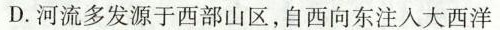
D.河流多发源于西部山区，自西向东注入大西洋